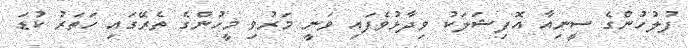
ފުލުހުންގެ ސީނިއާ އޮފިޝަލަކު ވިދާޅުވެފައި ވަނީ މަރުވި މީހުންގެ ތެރޭގައި ހަތަރު ކުޑަ